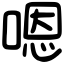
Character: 嗯